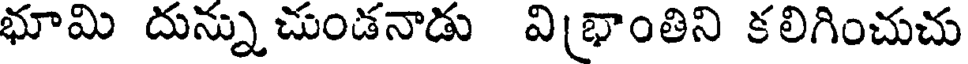
భూమి దున్నుచుండనాడు విభ్రాంతిని కలిగించుచు